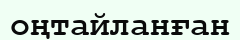
оңтайланған